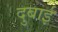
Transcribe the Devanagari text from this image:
दुबाई